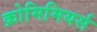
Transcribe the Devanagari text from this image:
क्रोमिमियर्स